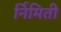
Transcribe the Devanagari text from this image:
र्निमिती